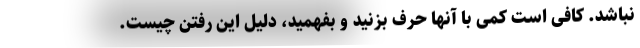
نباشد. کافی است کمی با آنها حرف بزنید و بفهمید، دلیل این رفتن چیست.